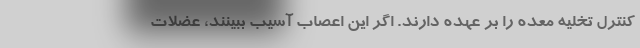
کنترل تخلیه معده را بر عهده دارند. اگر این اعصاب آسیب ببینند، عضلات